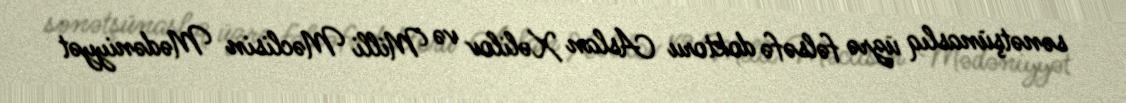
sənətşünaslıq üzrə fəlsəfə doktoru Aslan Xəlilov və Milli Məclisin Mədəniyyət